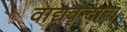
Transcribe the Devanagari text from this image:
वाद्यवृन्दाचा